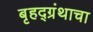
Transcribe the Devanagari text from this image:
बृहद्ग्रंथाचा